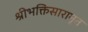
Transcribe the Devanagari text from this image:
श्रीभक्तिसारामृत